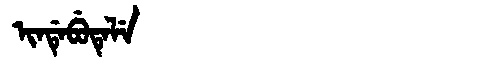
Manchu: ᡳᠨᡩᡝᠪᡠᡨᡝᠯᡝ
Romanization: INDEBUTELE